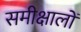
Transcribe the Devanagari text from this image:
समीक्षालों